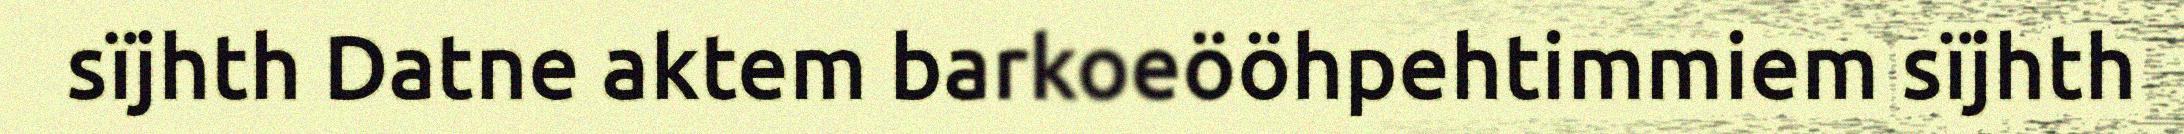
sïjhth Datne aktem barkoeööhpehtimmiem sïjhth